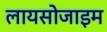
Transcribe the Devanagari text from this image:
लायसोजाइम